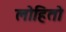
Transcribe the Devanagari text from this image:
लोहितो